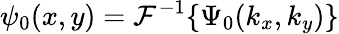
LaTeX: \psi_{0}(x,y)={\mathcal{F}}^{-1}\{ \Psi_{0}(k_{x},k_{y})\}